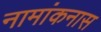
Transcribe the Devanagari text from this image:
नामांकनास